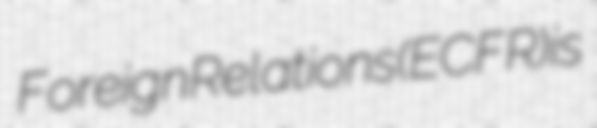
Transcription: Foreign Relations (ECFR) is